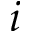
i